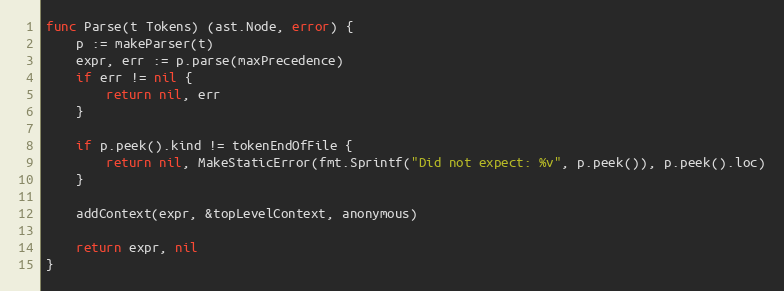
Language: Go
func Parse(t Tokens) (ast.Node, error) {
	p := makeParser(t)
	expr, err := p.parse(maxPrecedence)
	if err != nil {
		return nil, err
	}

	if p.peek().kind != tokenEndOfFile {
		return nil, MakeStaticError(fmt.Sprintf("Did not expect: %v", p.peek()), p.peek().loc)
	}

	addContext(expr, &topLevelContext, anonymous)

	return expr, nil
}